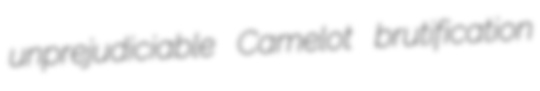
unprejudiciable Camelot brutification